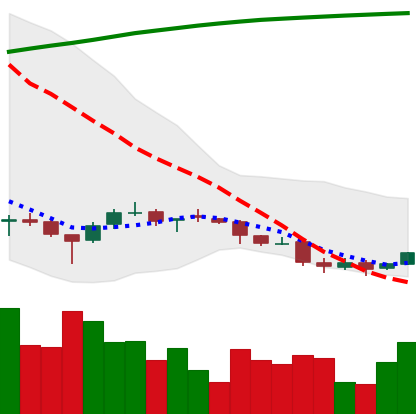
Ticker: DOGE-USD
Chart end date: 2018-04-03
Forward return: -4.597%
Label: down_3_5